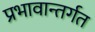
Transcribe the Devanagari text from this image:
प्रभावान्तर्गत